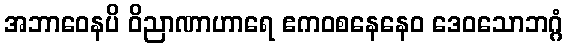
အဘာဝေနပိ ဝိညာဏာဟာရေ ဧကဝစနေနေဝ ဒေဝသောဘဂ္ဂံ